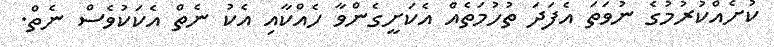
ކުށެއްކުރުމުގެ ނުވަތަ އެފަދަ ތުހުމަތެއް އެކަށީގެންވާ ހެއްކާއި އެކު ނެތް އެކަކުވެސް ނެތް.